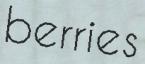
berries